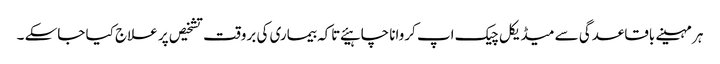
ہر مہینے باقاعدگی سے میڈیکل چیک اپ کروانا چاہیئے تاکہ بیماری کی بروقت تشخیص پر علاج کیا جاسکے ۔